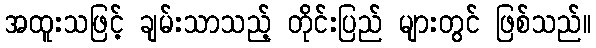
အထူးသဖြင့် ချမ်းသာသည့် တိုင်းပြည် များတွင် ဖြစ်သည်။